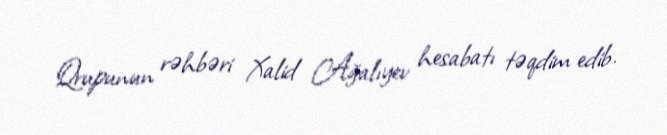
Qrupunun rəhbəri Xalid Ağalıyev hesabatı təqdim edib.